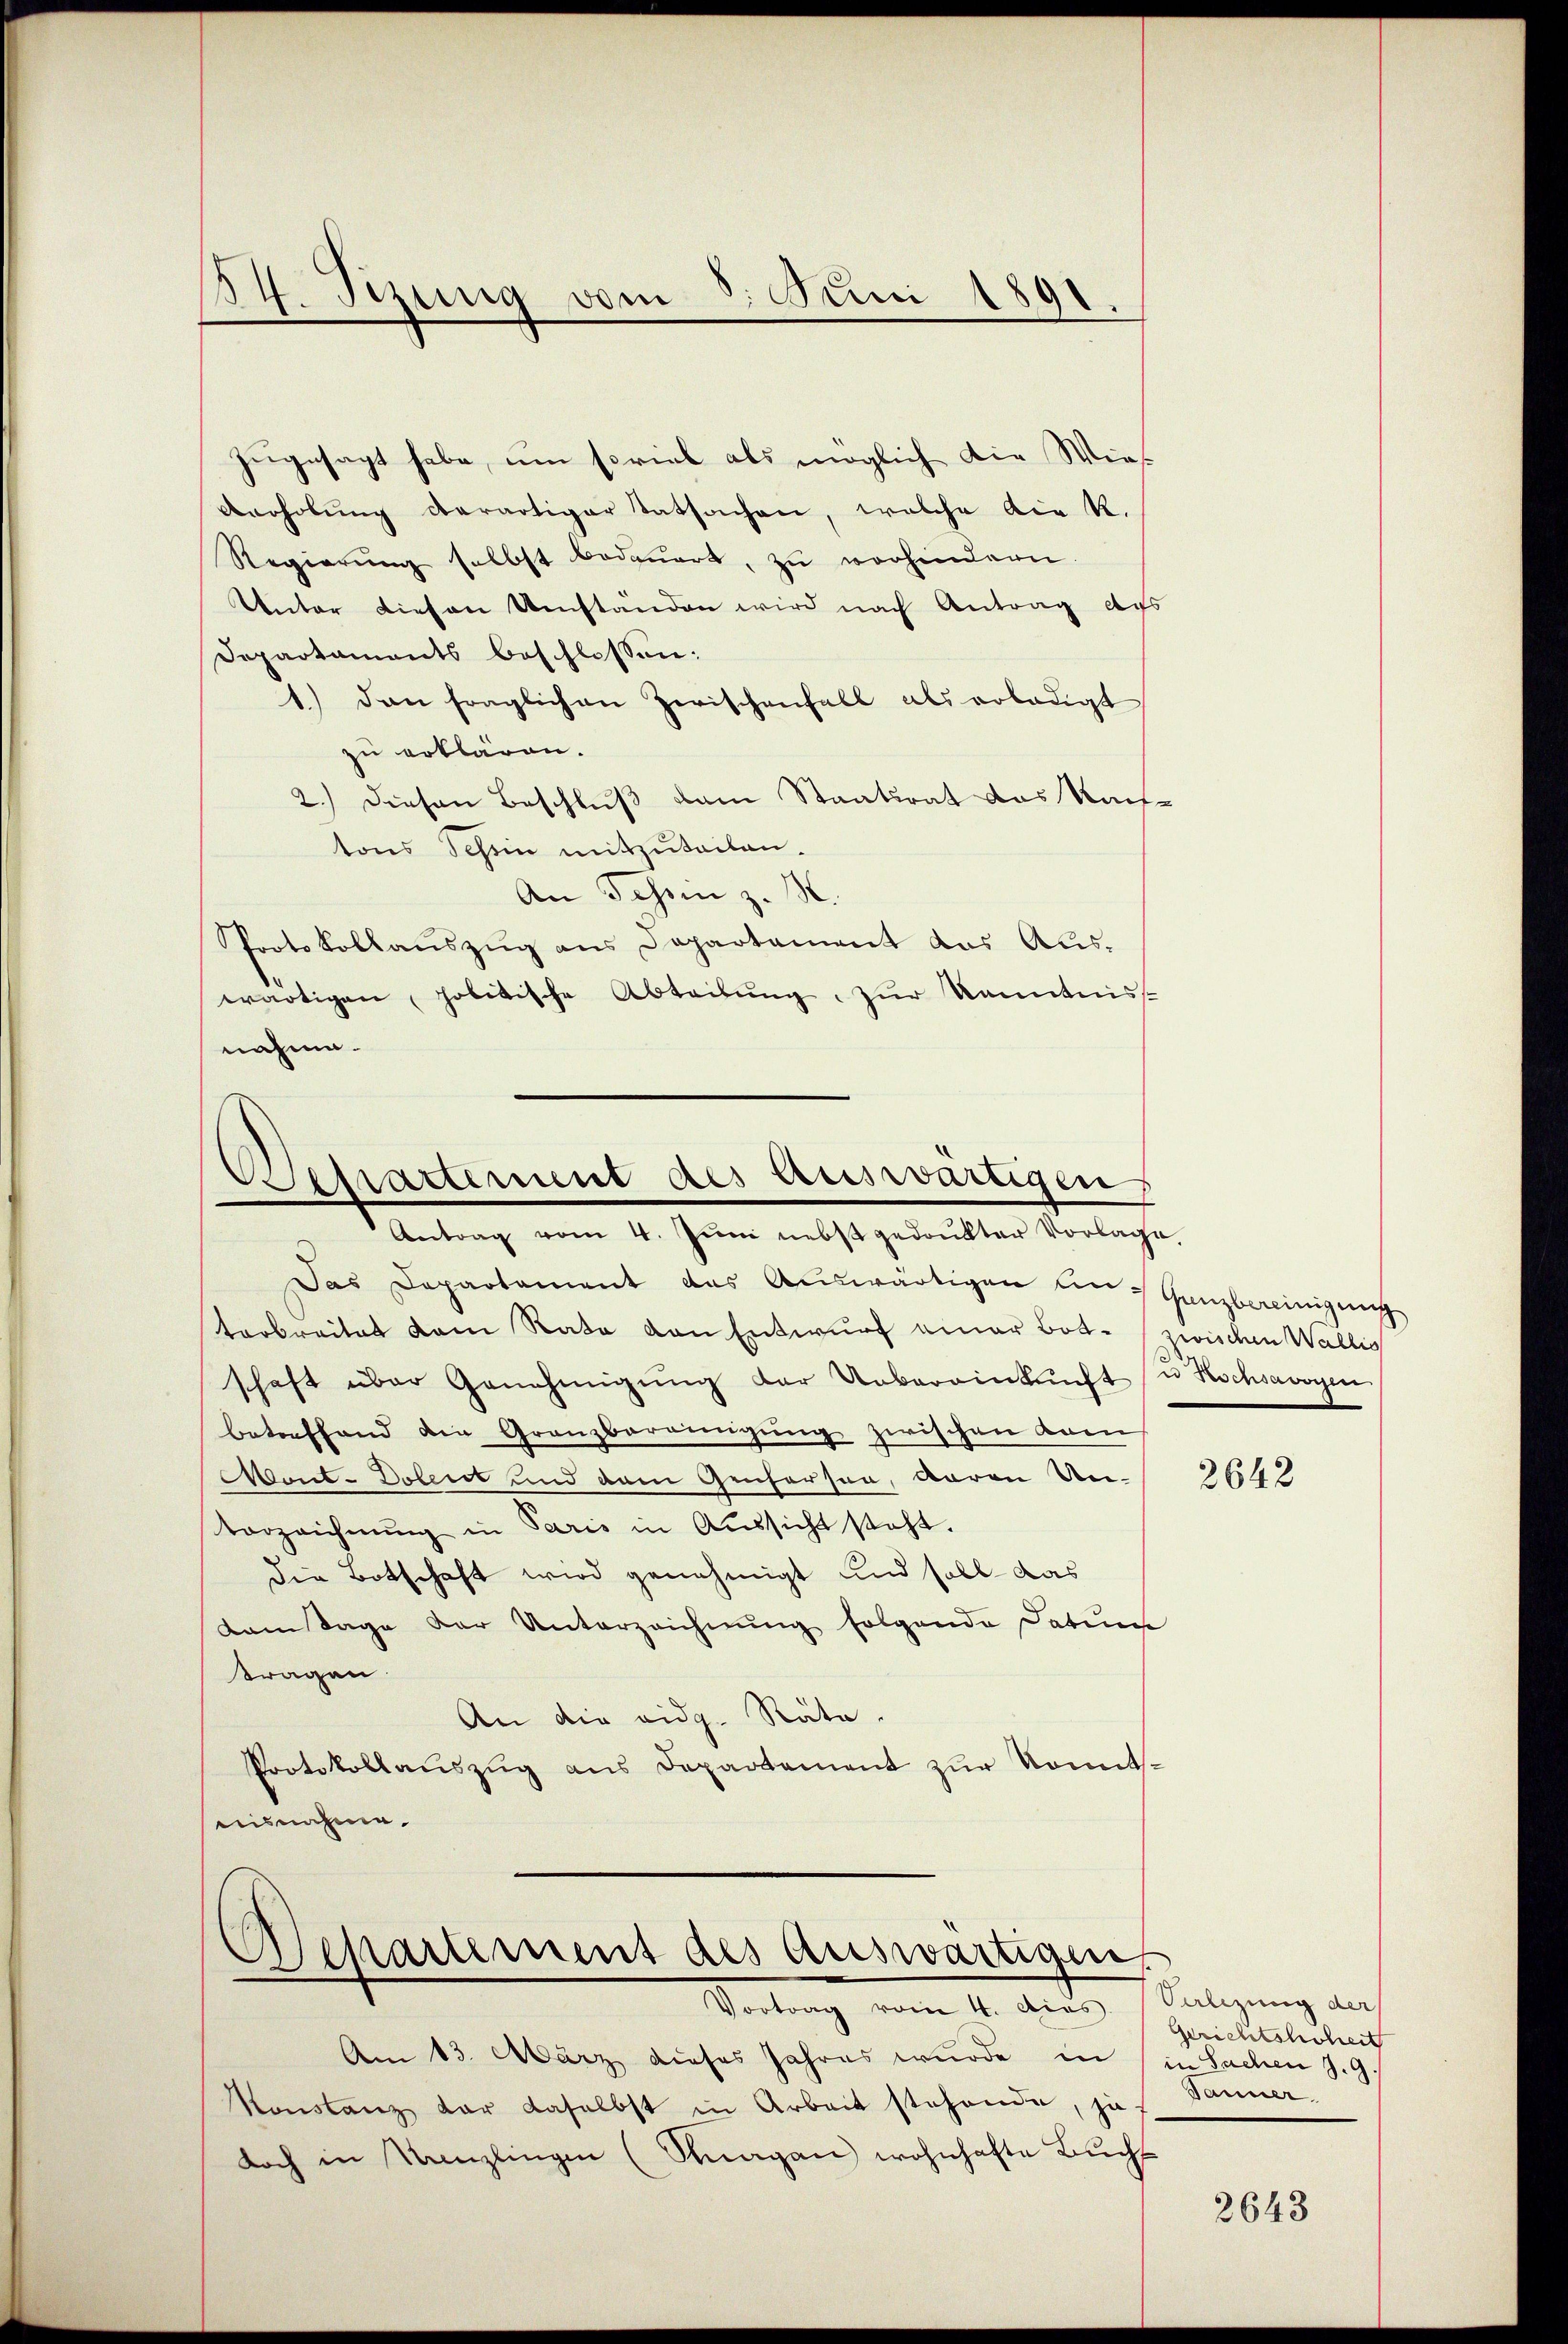
14. Setzung vom 8. Juni 1891

zugesagt habe, um soviel als möglich die Wies
Anholŭng derartiger Tatsachen, welche die R.
Regierung selbst bedauert, zu vorhindern.
Unter diesen Umständen wird nach Antrag des
Departaments beschlossen:
1.) dan fraglichen Zerischenfall als erledigt
zu erklären.
2.) Diesen Beschluß dem Staatsrat das Nach-
tons Schein mitzuteilen.
An Schein z. S
Protokollaŭszŭg ans Departament das Aŭs-
wärtigen politische Abteilŭng, zŭr Kenntniss
nahme.

Separtement des Auswärtigen
Antrag vom 4. Jŭni nebst gedrukter Vorlage,

Das Departament des Auswärtigen an Ganzbereinigung
terbreitet dem Rata von Entwurf einer Bote zwischen Wallis
schaft über Genehmigŭng der Uebereinkŭnft u Kschsavoyen
betreffend die Granzbereinigung zwischen Kam
Mant-Dolent und dem Genfersen, waren Un-
Vorzeichnŭng in Paris in Aŭssicht steht.
die Botschaft wird genehmigt und soll das
dam Tage der Unterzeichnung folgende Datum
tragen.
An die eidg. Räte.
Protokollaŭszŭg ans Departement zŭr Komitseisnahme.

Departement des auswärtigen

Vortrag vom 4. dies
Am 13. März dieses Jahres wurde in
Konstanz dar daselbst in Arbeit stehende, ja
doch in Kanzlingen (Knagan wohnhafte Buchs

2642

Salizung der
Gerichtshoheit
in Sachen J. G.
Tanner

2643